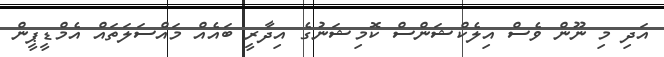
އަދި މި ނޫން ވެސް އިލެކްޝަންސް ކޮމިޝަނުގެ އިދާރީ ބައެއް މައްސަލަތައް އެމްޑީޕީން